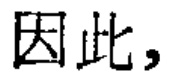
因此，